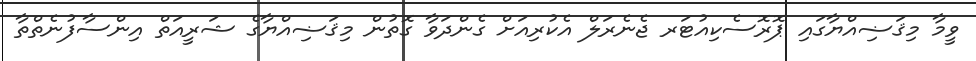
ވީމާ މިޤަޟިއްޔާގައި ޕޮރޮސެކިއުޓަރ ޖެނެރަލް އެކުރިއަށް ގެންދަވާ ގޮތުން މިޤަޟިއްޔާގެ ޝަރީއަތް އިންސާފުނެތްތާ